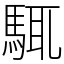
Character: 𩣘